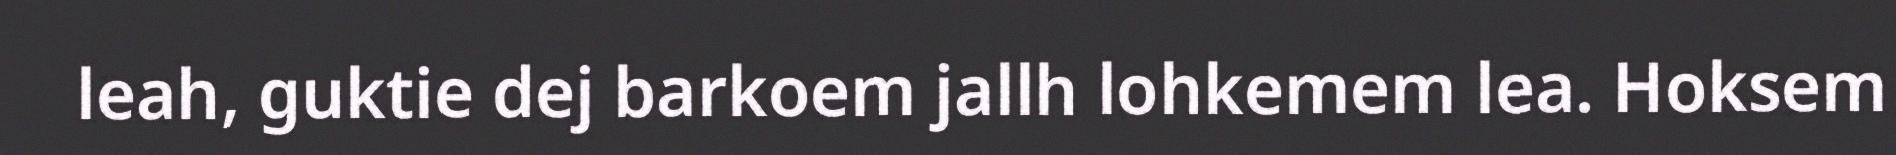
leah, guktie dej barkoem jallh lohkemem lea. Hoksem